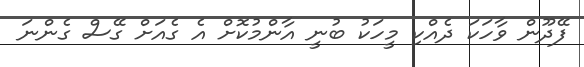
ފޭދޫން ވާހަކަ ދެއްކި މީހަކު ބުނީ އާންމުކޮށް އެ ގެއަށް ގޭސް ގެންނަ